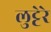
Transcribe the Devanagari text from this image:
लुट्टेरे